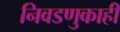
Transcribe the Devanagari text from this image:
निवडणुकाही